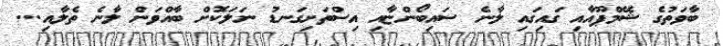
ބާވަތުގެ ޝޭމްޕޫއާއި ގައިގައި ލާނެ ސައިބޯންޏާއި އިސްތަށިގަނޑު ނަލަކޮަށް ބާއްވަން ލާނެ ތެލާއި...